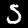
Digit: 5